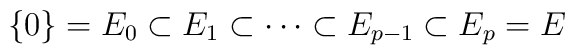
\{0\}=E_{0}\subset E_1\subset\cdots\subset E_{p-1}\subset E_p=E